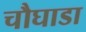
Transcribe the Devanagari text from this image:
चौघाडा